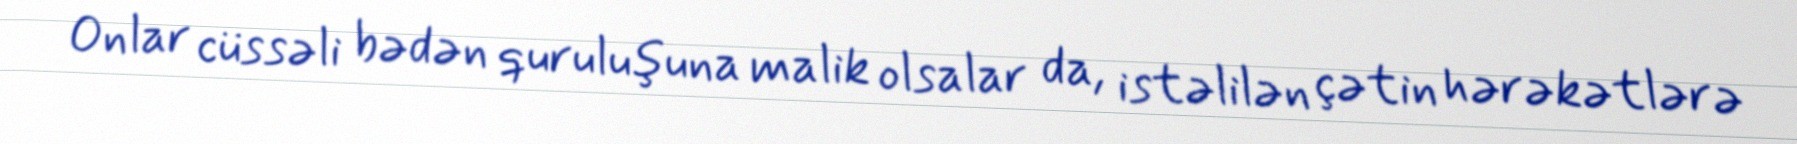
Onlar cüssəli bədən quruluşuna malik olsalar da, istəlilən çətin hərəkətlərə